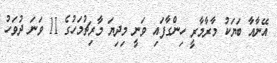
އޭނާއާ ބަޔަކު މާރާމާރީ ހިންގާފައި ވަނީ މިދިޔަ މާރިޗުމަހުގެ 11 ވަނަ ދުވަހު